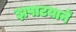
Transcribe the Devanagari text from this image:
झपाटयानें